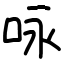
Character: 咏